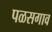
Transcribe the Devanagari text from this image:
पळसगाव